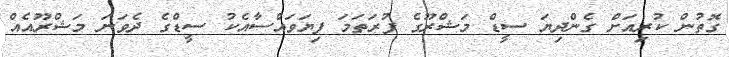
ގޮތުން ކުރިއަށް ގެންދިޔަ ސީޑް މަޝްރޫގެ ފުރަތަމަ ފިޔަވައްސާއެކު ސީޑްގެ ދެވަނަ މަޝްރޫއެއް